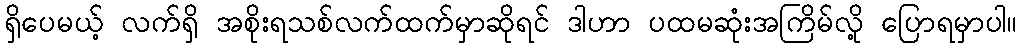
ရှိပေမယ့် လက်ရှိ အစိုးရသစ်လက်ထက်မှာဆိုရင် ဒါဟာ ပထမဆုံးအကြိမ်လို့ ပြောရမှာပါ။